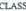
CLASS